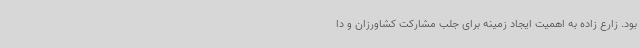
بود. زارع زاده به اهمیت ایجاد زمینه برای جلب مشارکت کشاورزان و دا